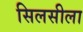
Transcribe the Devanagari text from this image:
सिलसीला